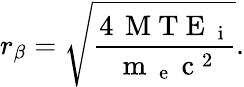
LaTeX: r_{\beta}=\sqrt{\frac{4\, \mathrm{~M~T~E~}_{\mathrm{~i~}}}{\mathrm{~m~}_{\mathrm{~e~}}\mathrm{~c~}^{2}}}.